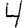
Digit: 4